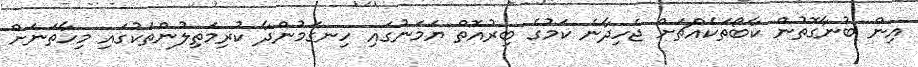
އިން ބުނާގޮތުން ކާބޯތަކެއްޗަށް ޖެހިދާނެ ކަމުގެ ބިރުއޮތް ޔަމަނުގައި ހިނގަމުންދާ ކުރިމަތިލުންތަކުގައި މިހާތަނަށް